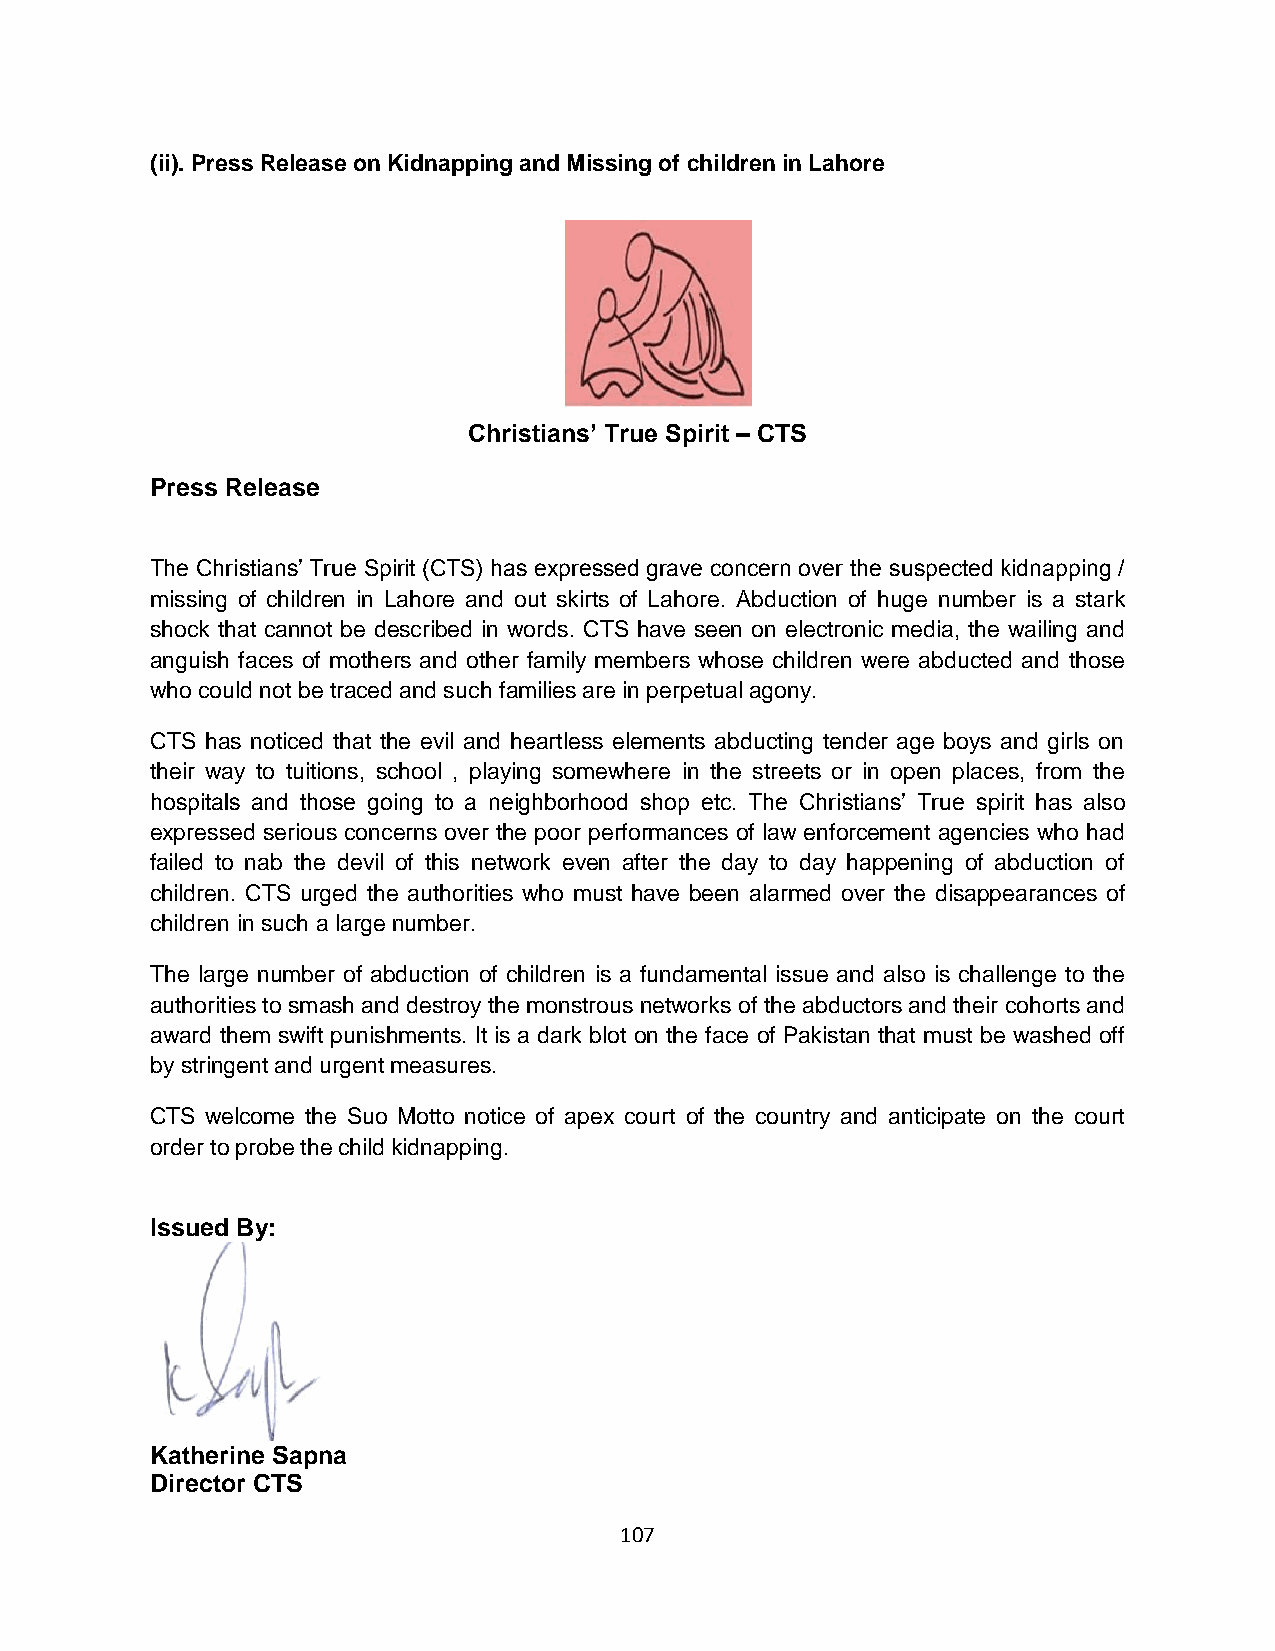
(ii). Press Release on Kidnapping and Missing of children in Lahore
 Christians’ True Spirit – CTS
 Press Release
 The Christians’ True Spirit (CTS) has expressed grave concern over the suspected kidnapping /
 missing of children in Lahore and out skirts of Lahore. Abduction of huge number is a stark
 shock that cannot be described in words. CTS have seen on electronic media, the wailing and
 anguish faces of mothers and other family members whose children were abducted and those
 who could not be traced and such families are in perpetual agony.
 CTS has noticed that the evil and heartless elements abducting tender age boys and girls on
 their way to tuitions, school , playing somewhere in the streets or in open places, from the
 hospitals and those going to a neighborhood shop etc. The Christians’ True spirit has also
 expressed serious concerns over the poor performances of law enforcement agencies who had
 failed to nab the devil of this network even after the day to day happening of abduction of
 children. CTS urged the authorities who must have been alarmed over the disappearances of
 children in such a large number.
 The large number of abduction of children is a fundamental issue and also is challenge to the
 authorities to smash and destroy the monstrous networks of the abductors and their cohorts and
 award them swift punishments. It is a dark blot on the face of Pakistan that must be washed off
 by stringent and urgent measures.
 CTS welcome the Suo Motto notice of apex court of the country and anticipate on the court
 order to probe the child kidnapping.
 Issued By:
 Katherine Sapna
 Director CTS
 107